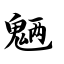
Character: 魉